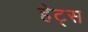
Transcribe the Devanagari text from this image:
हेट्स